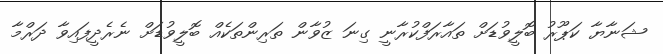
ޝަނާޔާ ކަޕޫރު ބޮލީވުޑަށް ތައާރަފްކުރާނީ ގިނަ ޒުވާން ތަރިންތަކެއް ބޮލީވުޑަށް ނެރެދީފައިވާ ދަރްމާ